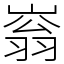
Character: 嵡